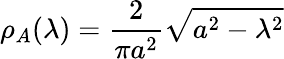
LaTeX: \rho_{A}(\lambda)=\frac{2}{\pi a^{2}}\sqrt{a^{2}-\lambda^{2}}